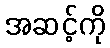
အဆင့်ကို